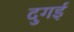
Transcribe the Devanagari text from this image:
दुगई